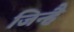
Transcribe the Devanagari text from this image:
जिन्है